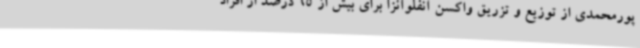
پورمحمدی از توزیع و تزریق واکسن آنفلوآنزا برای بیش از 65 درصد از افراد